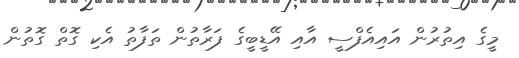
މީގެ އިތުރުން އައިއެފްސީ އާއި އޭޑީބީގެ ފަރާތުން ތަފާތު އެކި ގޮތް ގޮތުން